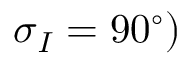
\sigma _ { I } = 9 0 ^ { \circ } )